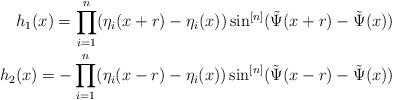
LaTeX: \begin{align*}h_1(x) = \prod_{i=1}^n(\eta_i(x+r)-\eta_i(x))\sin^{[n]}(\tilde \Psi(x+r)-\tilde \Psi(x))\\h_2(x) = - \prod_{i=1}^n(\eta_i(x-r)-\eta_i(x))\sin^{[n]}(\tilde \Psi(x-r)-\tilde \Psi(x))\end{align*}